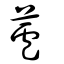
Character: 蘆